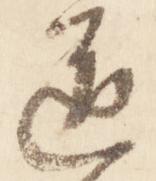
道